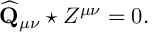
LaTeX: \widehat { \mathbf { Q } } _ { \mu \nu } \star Z ^ { \mu \nu } = 0 .